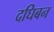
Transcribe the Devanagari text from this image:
दघिबन